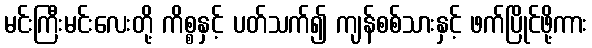
မင်းကြီးမင်းလေးတို့ ကိစ္စနှင့် ပတ်သက်၍ ကျန်စစ်သားနှင့် ဖက်ပြိုင်ဖို့ကား